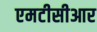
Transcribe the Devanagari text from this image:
एमटीसीआर